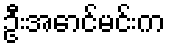
ဦးအောင်မင်းက